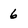
Character: 6